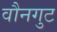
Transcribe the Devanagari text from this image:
वौनगुट